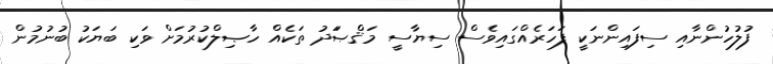
ފުލުހުންނާއި ސިފައިންނަކީ ފަހަރެއްގައިވެސް ސިޔާސީ މަޤްޞަަދު ތަކެއް ހާޞިލްކުރުމަށް ވަކި ބަޔަކު ބުނުމުން